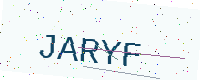
Text: JARYF